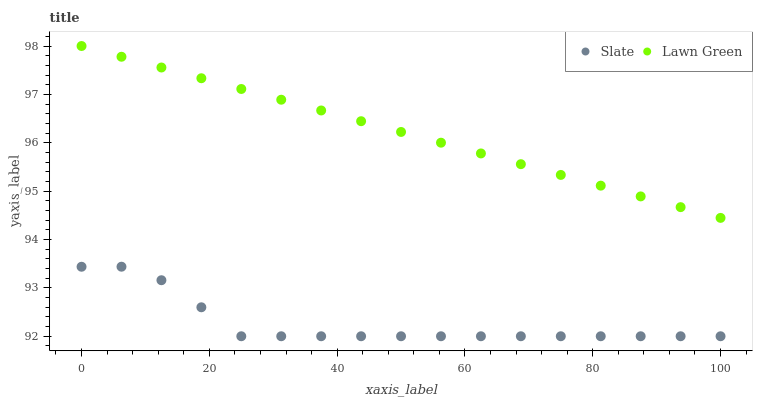
| xaxis_label | Slate | Lawn Green |
 | --- | --- | --- |
 | 0 | 93.4 | 98 |
 | 6.25 | 93.4 | 97.8 |
 | 12.5 | 93.2 | 97.6 |
 | 18.8 | 92.6 | 97.3 |
 | 25 | 92 | 97.1 |
 | 31.2 | 92 | 96.9 |
 | 37.5 | 92 | 96.7 |
 | 43.8 | 92 | 96.4 |
 | 50 | 92 | 96.2 |
 | 56.2 | 92 | 96 |
 | 62.5 | 92 | 95.8 |
 | 68.8 | 92 | 95.6 |
 | 75 | 92 | 95.3 |
 | 81.2 | 92 | 95.1 |
 | 87.5 | 92 | 94.9 |
 | 93.8 | 92 | 94.7 |
 | 100 | 92 | 94.4 |